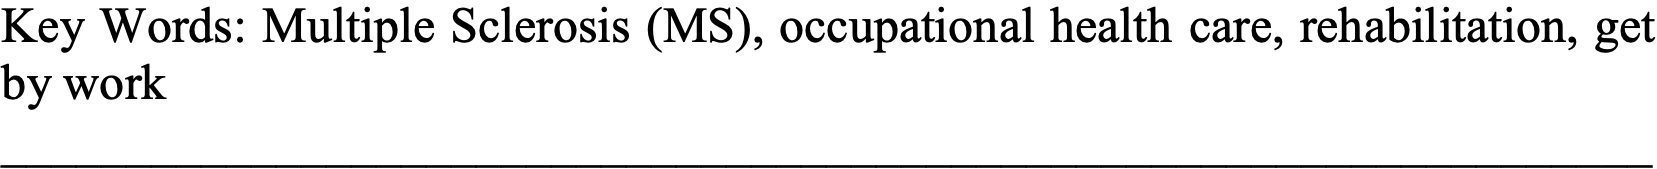
Key Words: Multiple Sclerosis (MS), occupational health care, rehabilitation, get by work __________________________________________________________________